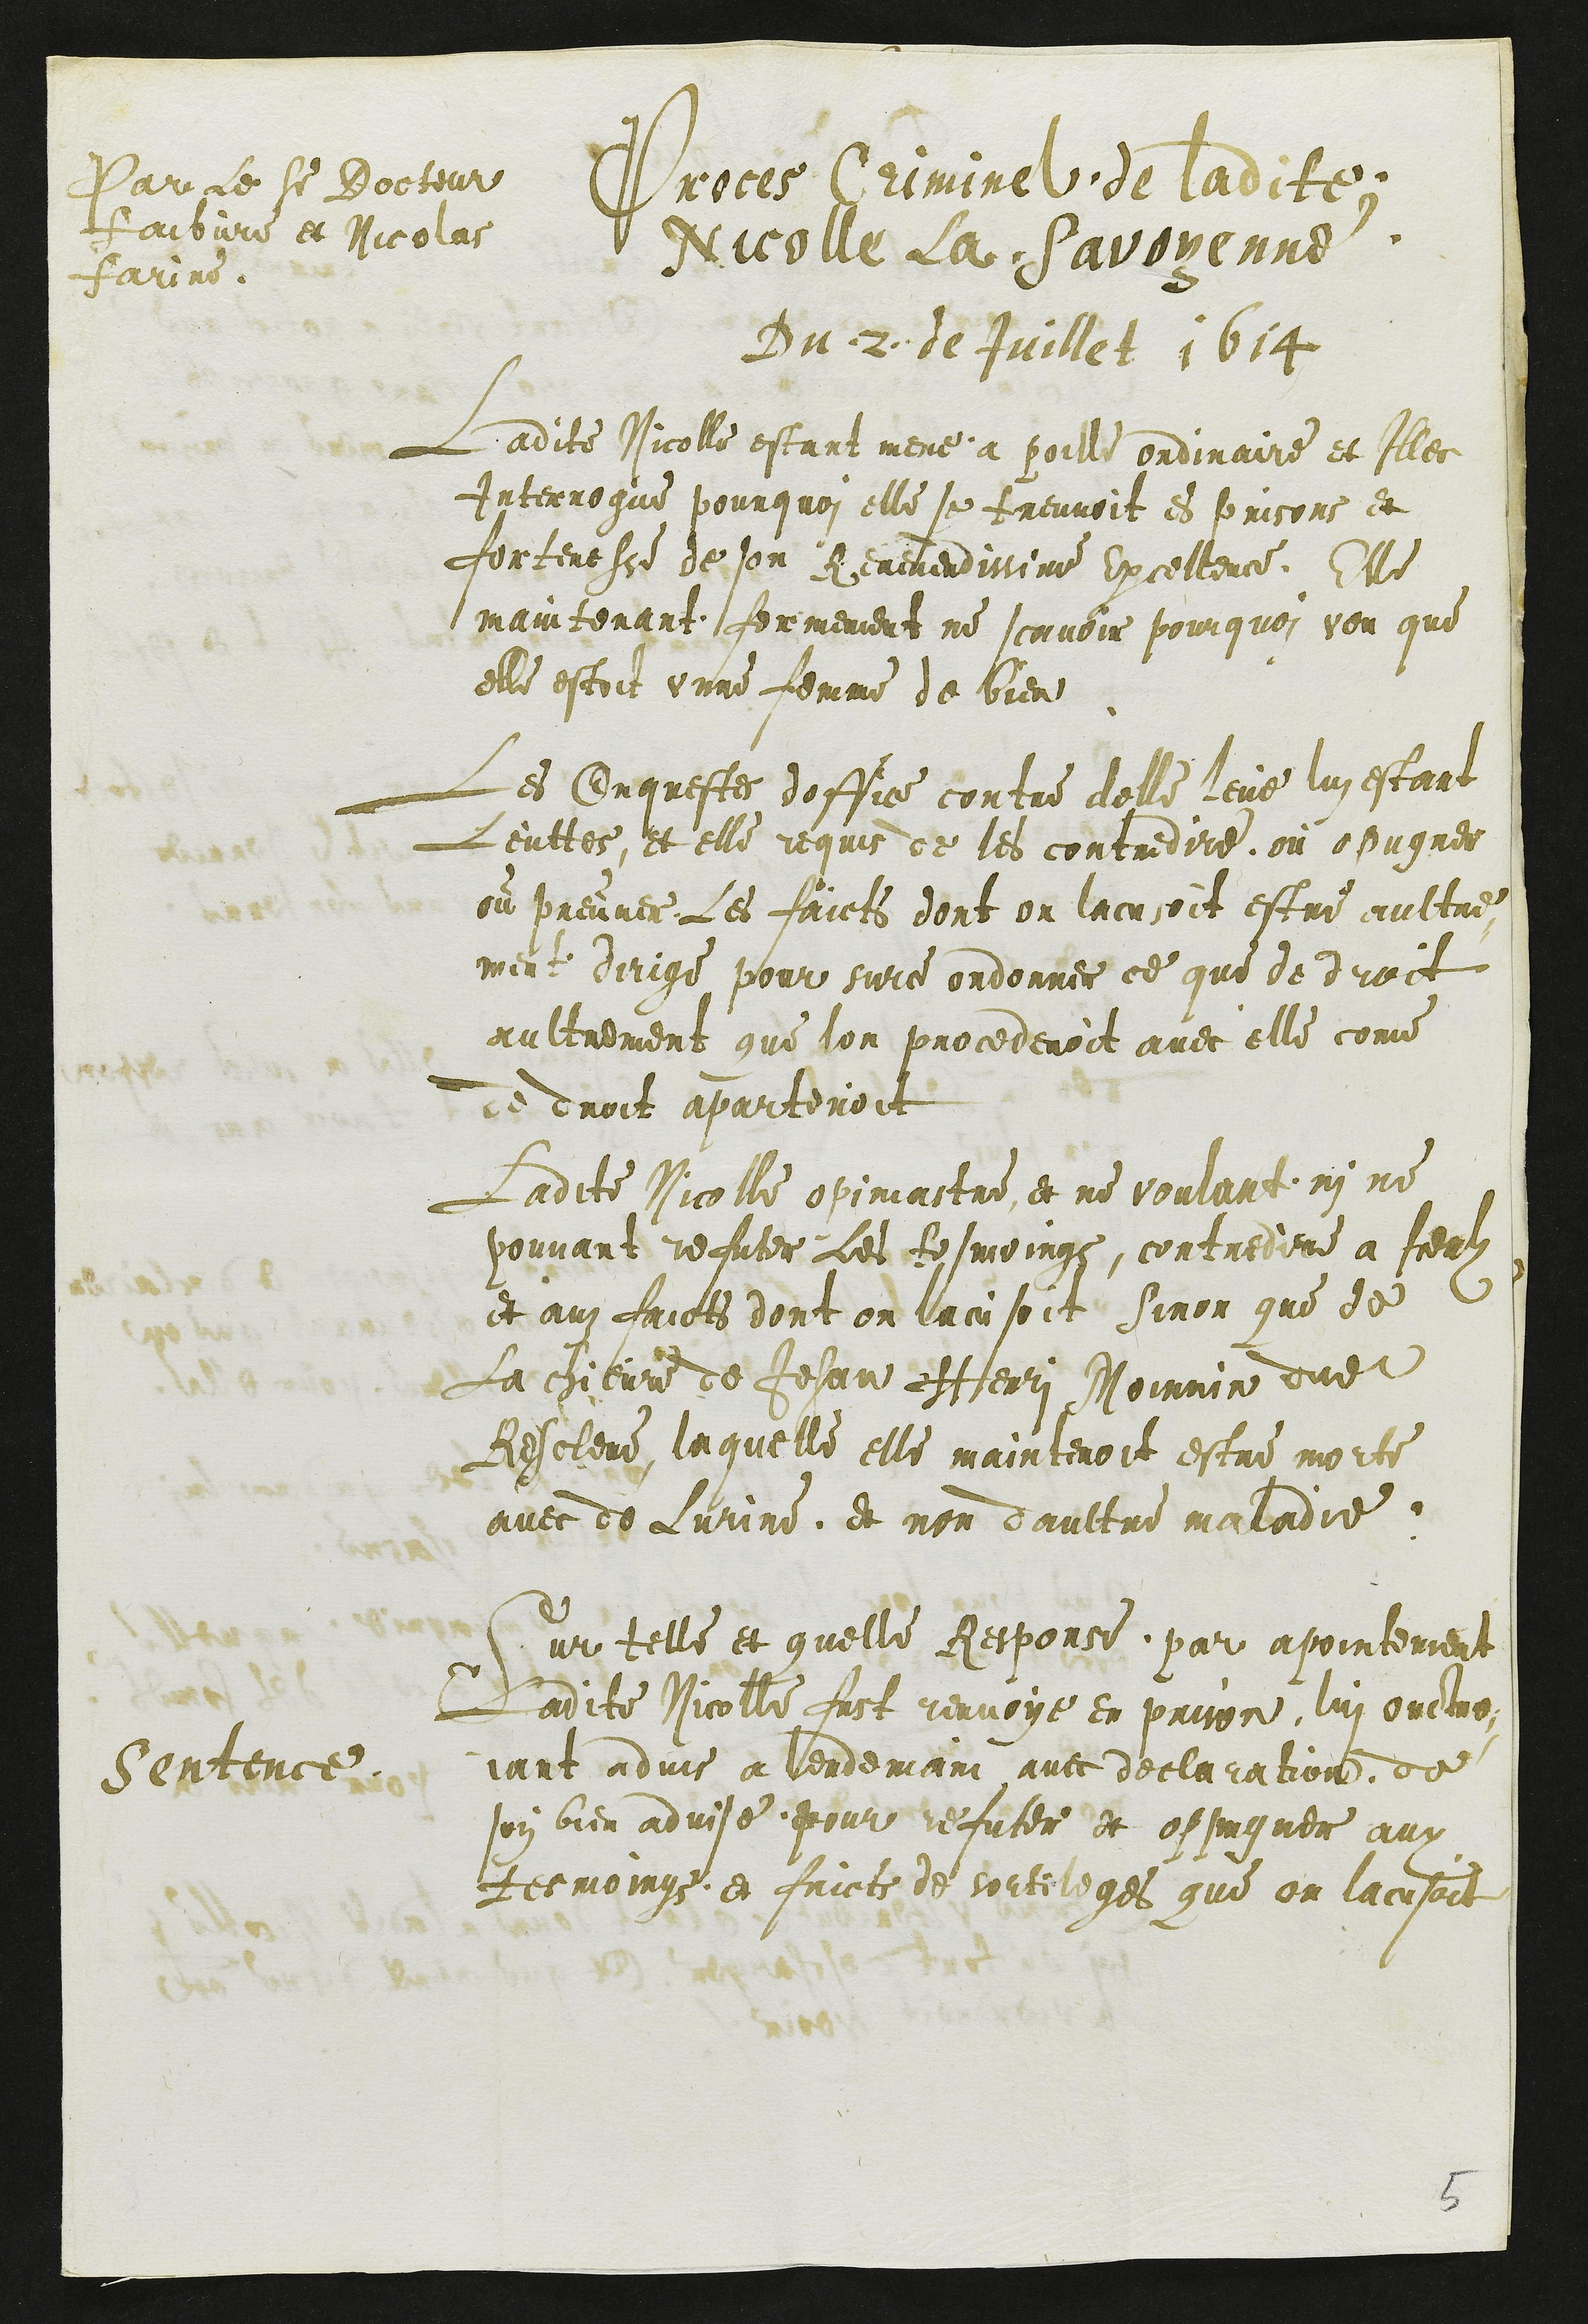
Par le sieur Docteur
Faibvre et Nicolas
Farine
Proces Criminel de ladite
Nicolle La Savoyenne
Du .2. de Juillet 1614
Ladite Nicolle estant mene a poille ordinaire et Illec
Interrogue pourquoi elle se treuvoit es prisons et
forteresse de son Reverendissime Excellence. Elle
maintenant femement ne scavoir pourquoi veu que
elle estoit unne femme de bien
Les Enquestes doffice contre delle leve lui estant
leuttes, et elle requis de les contredire, ou opugner
ou preuver, Les faicts dont on lacusoit estre aultre-
ment dirige pour surce ordonner ce que de droit
aultrement que lon procederoit avec elle come
de droit apartenoit
Ladite Nicolle opiniastre et ne voulant, ni ne
pouvant refuter Les tesmoings, contredire a Iceulz
et auz faicts dont on lacusoit Sinon que de
La chievre de Jehan Henri Moinnin dudit
Resclere, laquelle elle maintenoit estre morte
avec de lurine, et non daultre maladie.
Sentence
Sur telle et quelle Response, par apointement
Ladite Nicolle fust renvoye en prison, lui ouctro-
iant advis a lendemain avec declaration, de
soy bien advise, pour refuter et oppugner aux
tesmoings, et faicts de sortileges que on lacusoit